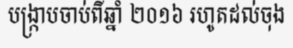
បង្ក្រាបចាប់ពីឆ្នាំ ២០១៦ រហូតដល់ចុង